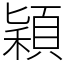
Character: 穎